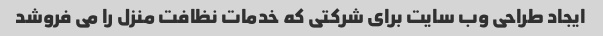
ایجاد طراحی وب سایت برای شرکتی که خدمات نظافت منزل را می فروشد